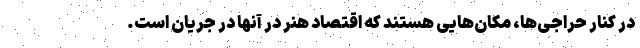
در کنار حراجی‌ها، مکان‌هایی هستند که اقتصاد هنر در آنها در جریان است.